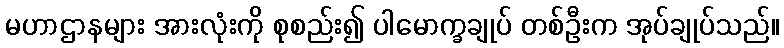
မဟာဌာနများ အားလုံးကို စုစည်း၍ ပါမောက္ခချုပ် တစ်ဦးက အုပ်ချုပ်သည်။